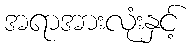
အရာအားလုံးနှင့်